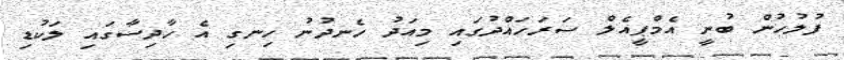
ފުލުހުން ބުނީ އެމްޕީއެލް ސަރަހައްދުގައި މިއަދު ހެނދުނު ހިނގި އެ ހާދިސާގައި ލަކުޑި